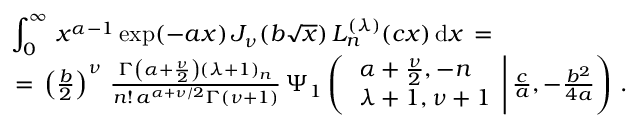
\begin{array} { l } { \displaystyle \int _ { 0 } ^ { \infty } \, x ^ { \alpha - 1 } \exp ( - a x ) \, J _ { \nu } ( b \sqrt x ) \, L _ { n } ^ { ( \lambda ) } ( c x ) \, \mathrm { d } x \, = \, } \\ { \, = \, \left( \frac b 2 \right) ^ { \nu } \, \frac { \Gamma \left( \alpha + \frac \nu 2 \right) ( \lambda + 1 ) _ { n } } { n ! \, a ^ { \alpha + \nu / 2 } \Gamma ( \nu + 1 ) } \, \Psi _ { 1 } \left( \left. \begin{array} { l } { \alpha + \frac { \nu } 2 , - n } \\ { \lambda + 1 , \nu + 1 } \end{array} \right| \frac c a , - \frac { b ^ { 2 } } { 4 a } \right) \, . } \end{array}